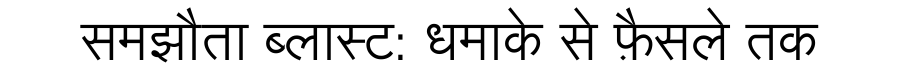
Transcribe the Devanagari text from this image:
समझौता ब्लास्ट: धमाके से फ़ैसले तक